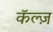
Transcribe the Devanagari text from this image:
कॅल्ज़